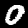
Digit: 0